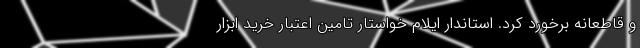
و قاطعانه برخورد کرد. استاندار ایلام خواستار تامین اعتبار خرید ابزار